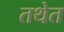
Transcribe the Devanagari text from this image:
तथेत